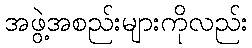
အဖွဲ့အစည်းများကိုလည်း